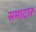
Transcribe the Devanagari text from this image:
समादार